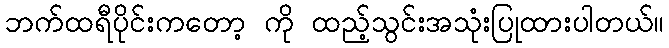
ဘက်ထရီပိုင်းကတော့ ကို ထည့်သွင်းအသုံးပြုထားပါတယ်။